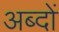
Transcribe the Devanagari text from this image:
अब्दों